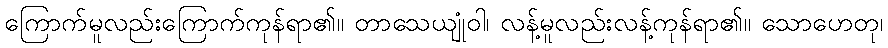
ကြောက်မူလည်းကြောက်ကုန်ရာ၏။ တာသေယျုံဝါ၊ လန့်မူလည်းလန့်ကုန်ရာ၏။ သောဟေတု၊